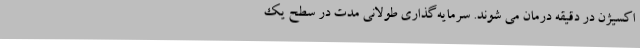
اکسیژن در دقیقه درمان می ‌شوند. سرمایه‌گذاری طولانی مدت در سطح یک